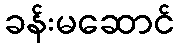
ခန်းမဆောင်